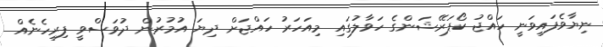
ނިޔާވެފައިވަނީ ހައްޖު ކޯޕަރޭޝަންގެ ހަވާލުގައި މިއަހަރު ހައްޖަށް ދިޔަ އުމުރުން ދުވަސްވީ ފިރިހެނެއް